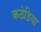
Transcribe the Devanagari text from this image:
कठेडिया